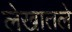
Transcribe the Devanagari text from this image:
लेखातले